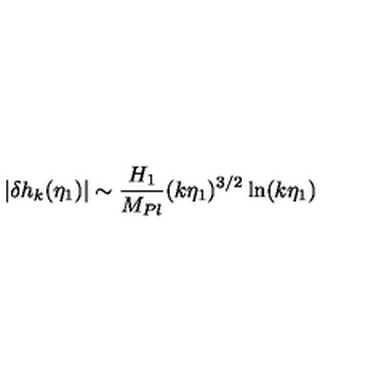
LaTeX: \left| \delta { h _ { k } } ( \eta _ { 1 } ) \right| \sim { \frac { H _ { 1 } } { M _ { P l } } } ( k \eta _ { 1 } ) ^ { 3 / 2 } \ln ( k \eta _ { 1 } )